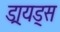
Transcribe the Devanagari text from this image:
ड्रायड्स